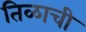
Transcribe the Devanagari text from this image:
तिळाची